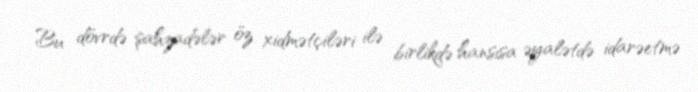
Bu dövrdə şahzadələr öz xidmətçiləri ilə birlikdə hansısa əyalətdə idarəetmə